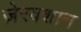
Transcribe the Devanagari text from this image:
ज़ेरवशान